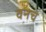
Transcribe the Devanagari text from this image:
वनचे